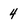
Character: 4